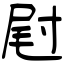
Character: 屗